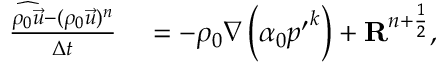
\begin{array} { r l } { \frac { \widehat { \rho _ { 0 } \vec { u } } - ( \rho _ { 0 } \vec { u } ) ^ { n } } { \Delta t } } & { { } = - \rho _ { 0 } \nabla \left( \alpha _ { 0 } { p ^ { \prime } } ^ { k } \right) + \mathbf { R } ^ { n + \frac { 1 } { 2 } } , } \end{array}